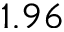
1 . 9 6